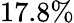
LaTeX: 17.8\%